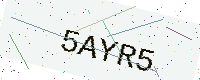
Text: 5AYR5